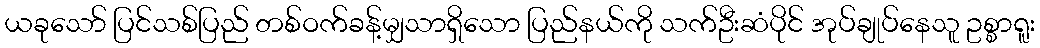
ယခုသော် ပြင်သစ်ပြည် တစ်ဝက်ခန့်မျှသာရှိသော ပြည်နယ်ကို သက်ဦးဆံပိုင် အုပ်ချုပ်နေသူ ဥစ္စာရူး